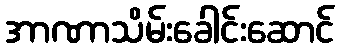
အာဏာသိမ်းခေါင်းဆောင်